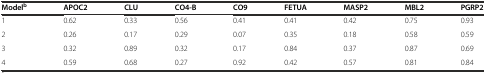
| Modelb | APOC2 | CLU | CO4-B | CO9 | FETUA | MASP2 | MBL2 | PGRP2 |
 | --- | --- | --- | --- | --- | --- | --- | --- | --- |
 | 1 | 0.62 | 0.33 | 0.56 | 0.41 | 0.41 | 0.42 | 0.75 | 0.93 |
 | 2 | 0.26 | 0.17 | 0.29 | 0.07 | 0.35 | 0.18 | 0.58 | 0.59 |
 | 3 | 0.32 | 0.89 | 0.32 | 0.17 | 0.84 | 0.37 | 0.87 | 0.69 |
 | 4 | 0.59 | 0.68 | 0.27 | 0.92 | 0.42 | 0.57 | 0.81 | 0.84 |